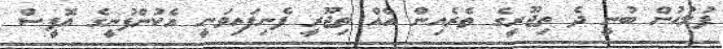
ފުލުހުން ބުނީ ދެ ތިޖޫރީގެ ތެރެއިން އެއް ތިޖޫރީ ފެނިފައިވަނީ އެކުންފުނީގެ އޮފީސް